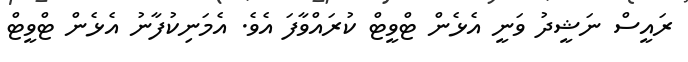
ރައީސް ނަޝީދު ވަނީ އެޅެން ޓްވީޓް ކުރައްވާފަ އެވެ. އެމަނިކުފާނު އެޅެން ޓްވީޓް